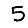
Digit: 5